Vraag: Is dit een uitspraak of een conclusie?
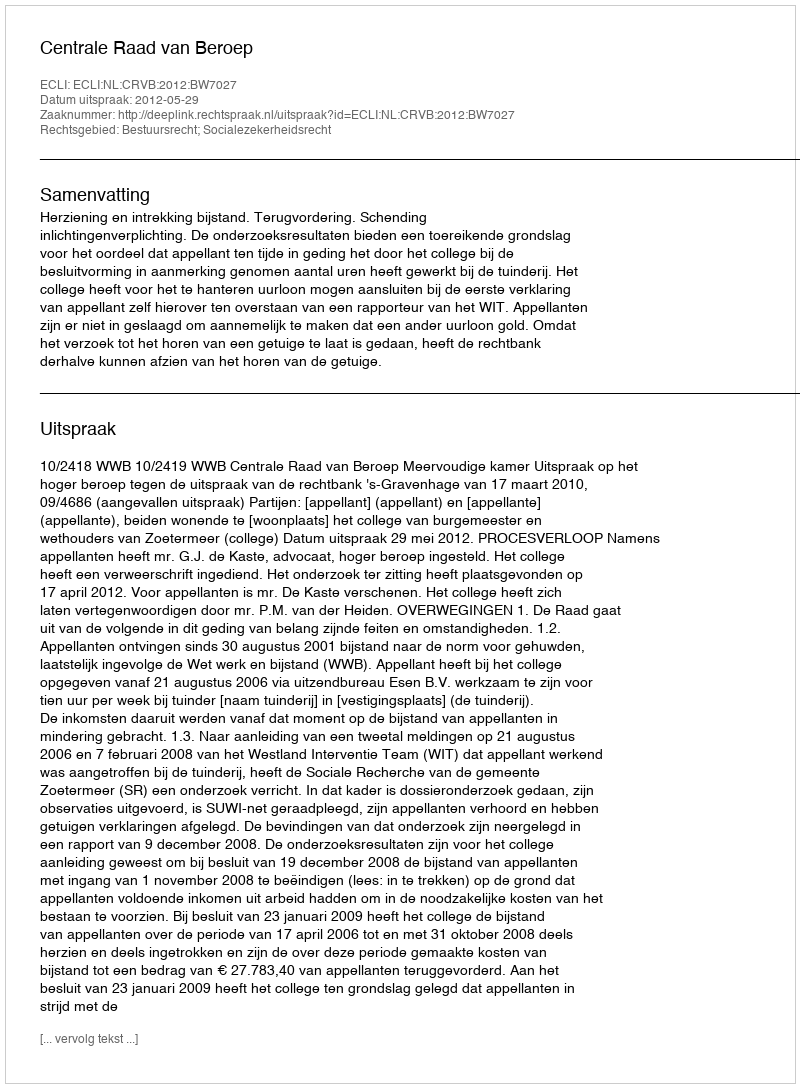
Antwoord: Uitspraak